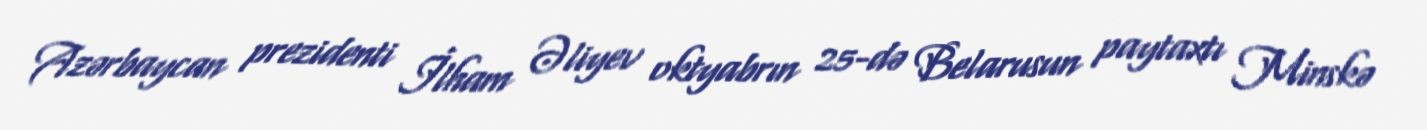
Azərbaycan prezidenti İlham Əliyev oktyabrın 25-də Belarusun paytaxtı Minskə